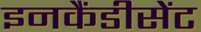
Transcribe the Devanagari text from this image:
इनकैंडीसेंट